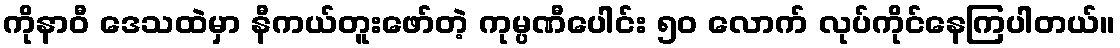
ကိုနာဝီ ဒေသထဲမှာ နီကယ်တူးဖော်တဲ့ ကုမ္ပဏီပေါင်း ၅၀ လောက် လုပ်ကိုင်နေကြပါတယ်။